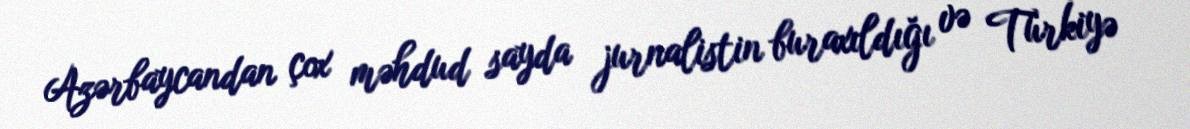
Azərbaycandan çox məhdud sayda jurnalistin buraxıldığı və Türkiyə